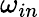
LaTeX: \omega_{in}